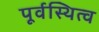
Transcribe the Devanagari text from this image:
पूर्वस्थित्व